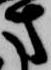
方